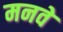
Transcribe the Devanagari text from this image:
मनवे